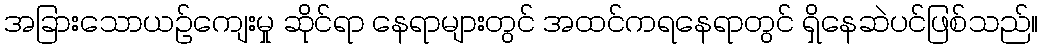
အခြားသောယဉ်ကျေးမှု ဆိုင်ရာ နေရာများတွင် အထင်ကရနေရာတွင် ရှိနေဆဲပင်ဖြစ်သည်။